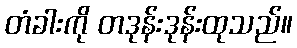
တံခါးကို တဒုန်းဒုန်းထုသည်။